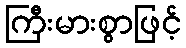
ကြီးမားစွာဖြင့်